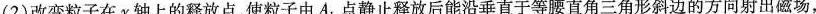
(2)改变粒子在y轴上的释放点，使粒子由A_{1}点静止释放后能沿垂直于等腰直角三角形斜边的方向射出磁场，